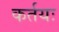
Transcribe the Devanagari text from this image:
कर्तयः